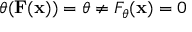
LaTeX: \theta ( \mathbf { F } ( \mathbf { x } ) ) = \theta \neq F _ { \theta } ( \mathbf { x } ) = 0